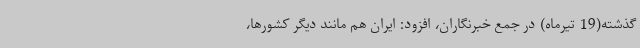
گذشته(19 تیرماه) در جمع خبرنگاران، افزود: ایران هم مانند دیگر کشورها،